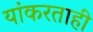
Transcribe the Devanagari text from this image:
यांकरताही